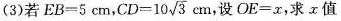
(3)若 $$E B = 5 c m$$ ， $$C D = 1 0 \sqrt { 3 } c m$$ ，设 $$O E = x$$ ，求x值